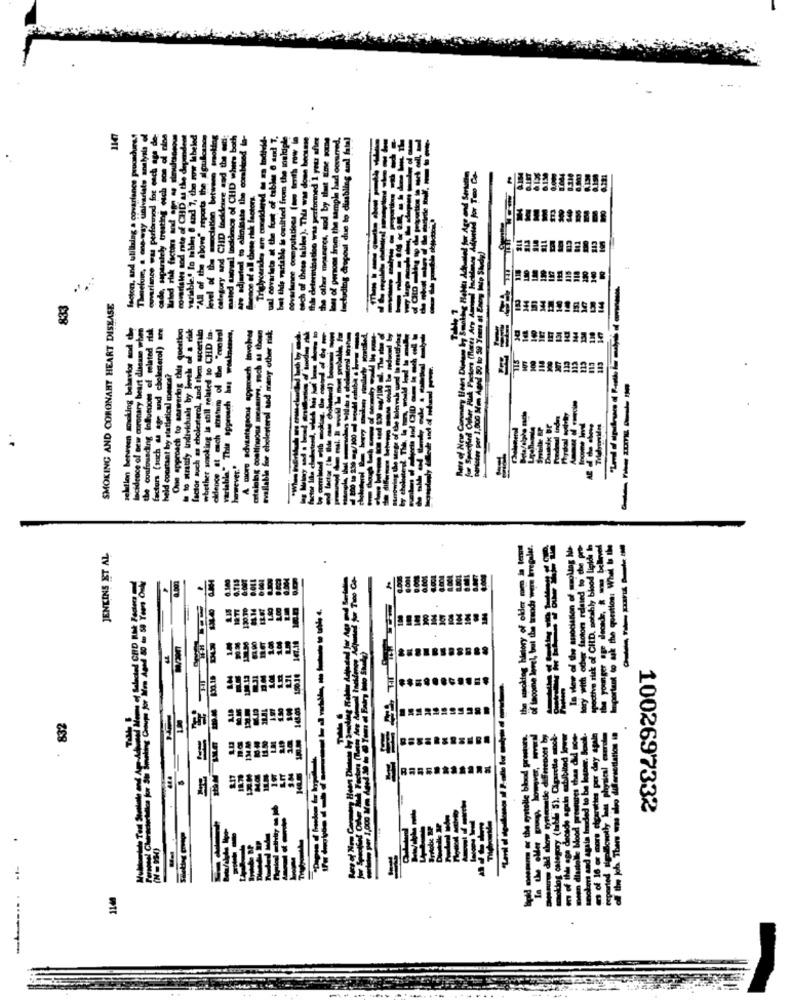
1147
CHD
TIT
"All of
vel
and
833
SMOKING AND CORONARY HEART DISEASE
144
zelflon between smoking behavior sod de
tocidence of new coronary heart disease when
the confmussding Influences of related risk
factors (such as age and cholesterol) are
One approach to sonverlag this question
to stratify Indivichials by level of a risk
factor such as cholesterol, and then sscertalo
whether sowoking is still related to CHD in-
eldence at mich statens of the "enotrol
variabla." This approach ins wolne.
A more advantageous approach tovolves
antalais continuous mesmirne, such as theen
available for cholesterol and many other risk;
113
held coostaat by statistical me
-----
eldence at mich
however."
In view of the association of smollas hus
on related to the
pective risk of CHID, notably blood lipids Ip
-----
JENKINS ET AL
DOLL
1877
tary with och
832
tcarottes per day agala
na alo dularsettations in
H
1002697332
santing proge
1140